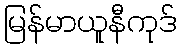
မြန်မာယူနီကုဒ်